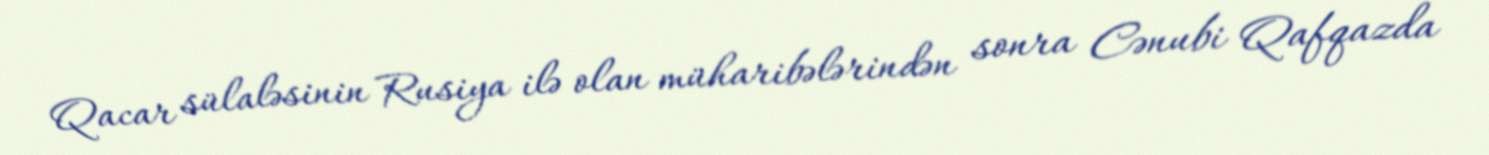
Qacar sülaləsinin Rusiya ilə olan müharibələrindən sonra Cənubi Qafqazda